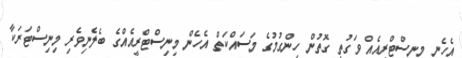
އެހެނީ މިނިސްޓްރީއެއް ވަގުތީ ގޮތުން ހިންގުމުގެ މަސައްކަތް އެހެން މިނިސްޓްރީއެއްގެ ބެލެނިވެރި މިނިސްޓަރަކާ